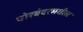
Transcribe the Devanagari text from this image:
पोरबंदरमधील